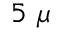
5 ~ \mu